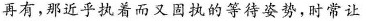
再有，那近乎执着而又固执的等待姿势，时常让